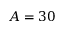
A = 3 0